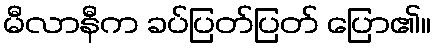
မီလာနီက ခပ်ပြတ်ပြတ် ပြော၏။